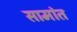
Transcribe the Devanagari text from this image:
सामांत